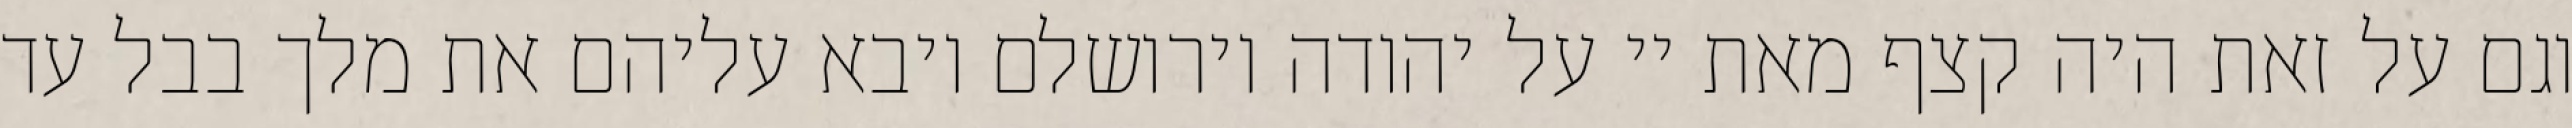
וגם על זאת היה קצף מאת יי על יהודה וירושלם ויבא עליהם את מלך בבל עד